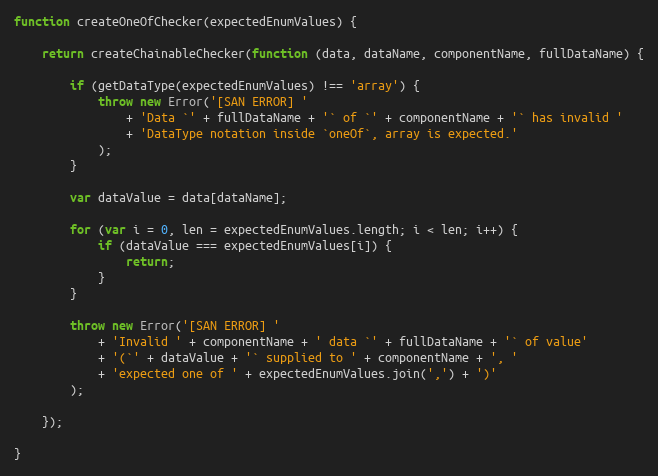
Language: JavaScript
function createOneOfChecker(expectedEnumValues) {

    return createChainableChecker(function (data, dataName, componentName, fullDataName) {

        if (getDataType(expectedEnumValues) !== 'array') {
            throw new Error('[SAN ERROR] '
                + 'Data `' + fullDataName + '` of `' + componentName + '` has invalid '
                + 'DataType notation inside `oneOf`, array is expected.'
            );
        }

        var dataValue = data[dataName];

        for (var i = 0, len = expectedEnumValues.length; i < len; i++) {
            if (dataValue === expectedEnumValues[i]) {
                return;
            }
        }

        throw new Error('[SAN ERROR] '
            + 'Invalid ' + componentName + ' data `' + fullDataName + '` of value'
            + '(`' + dataValue + '` supplied to ' + componentName + ', '
            + 'expected one of ' + expectedEnumValues.join(',') + ')'
        );

    });

}